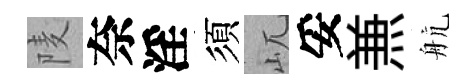
𨹧奈淫須屼妥𠔥航